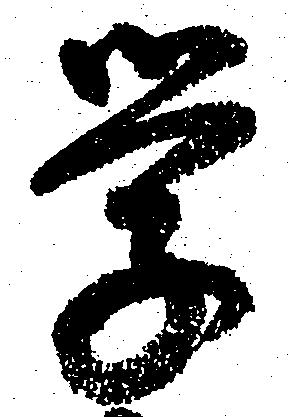
学